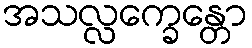
အသလ္လက္ခေန္တော